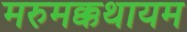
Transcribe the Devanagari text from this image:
मरुमक्कथायम